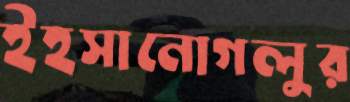
ইহসানোগলুর